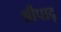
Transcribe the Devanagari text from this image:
श्रीपाद्